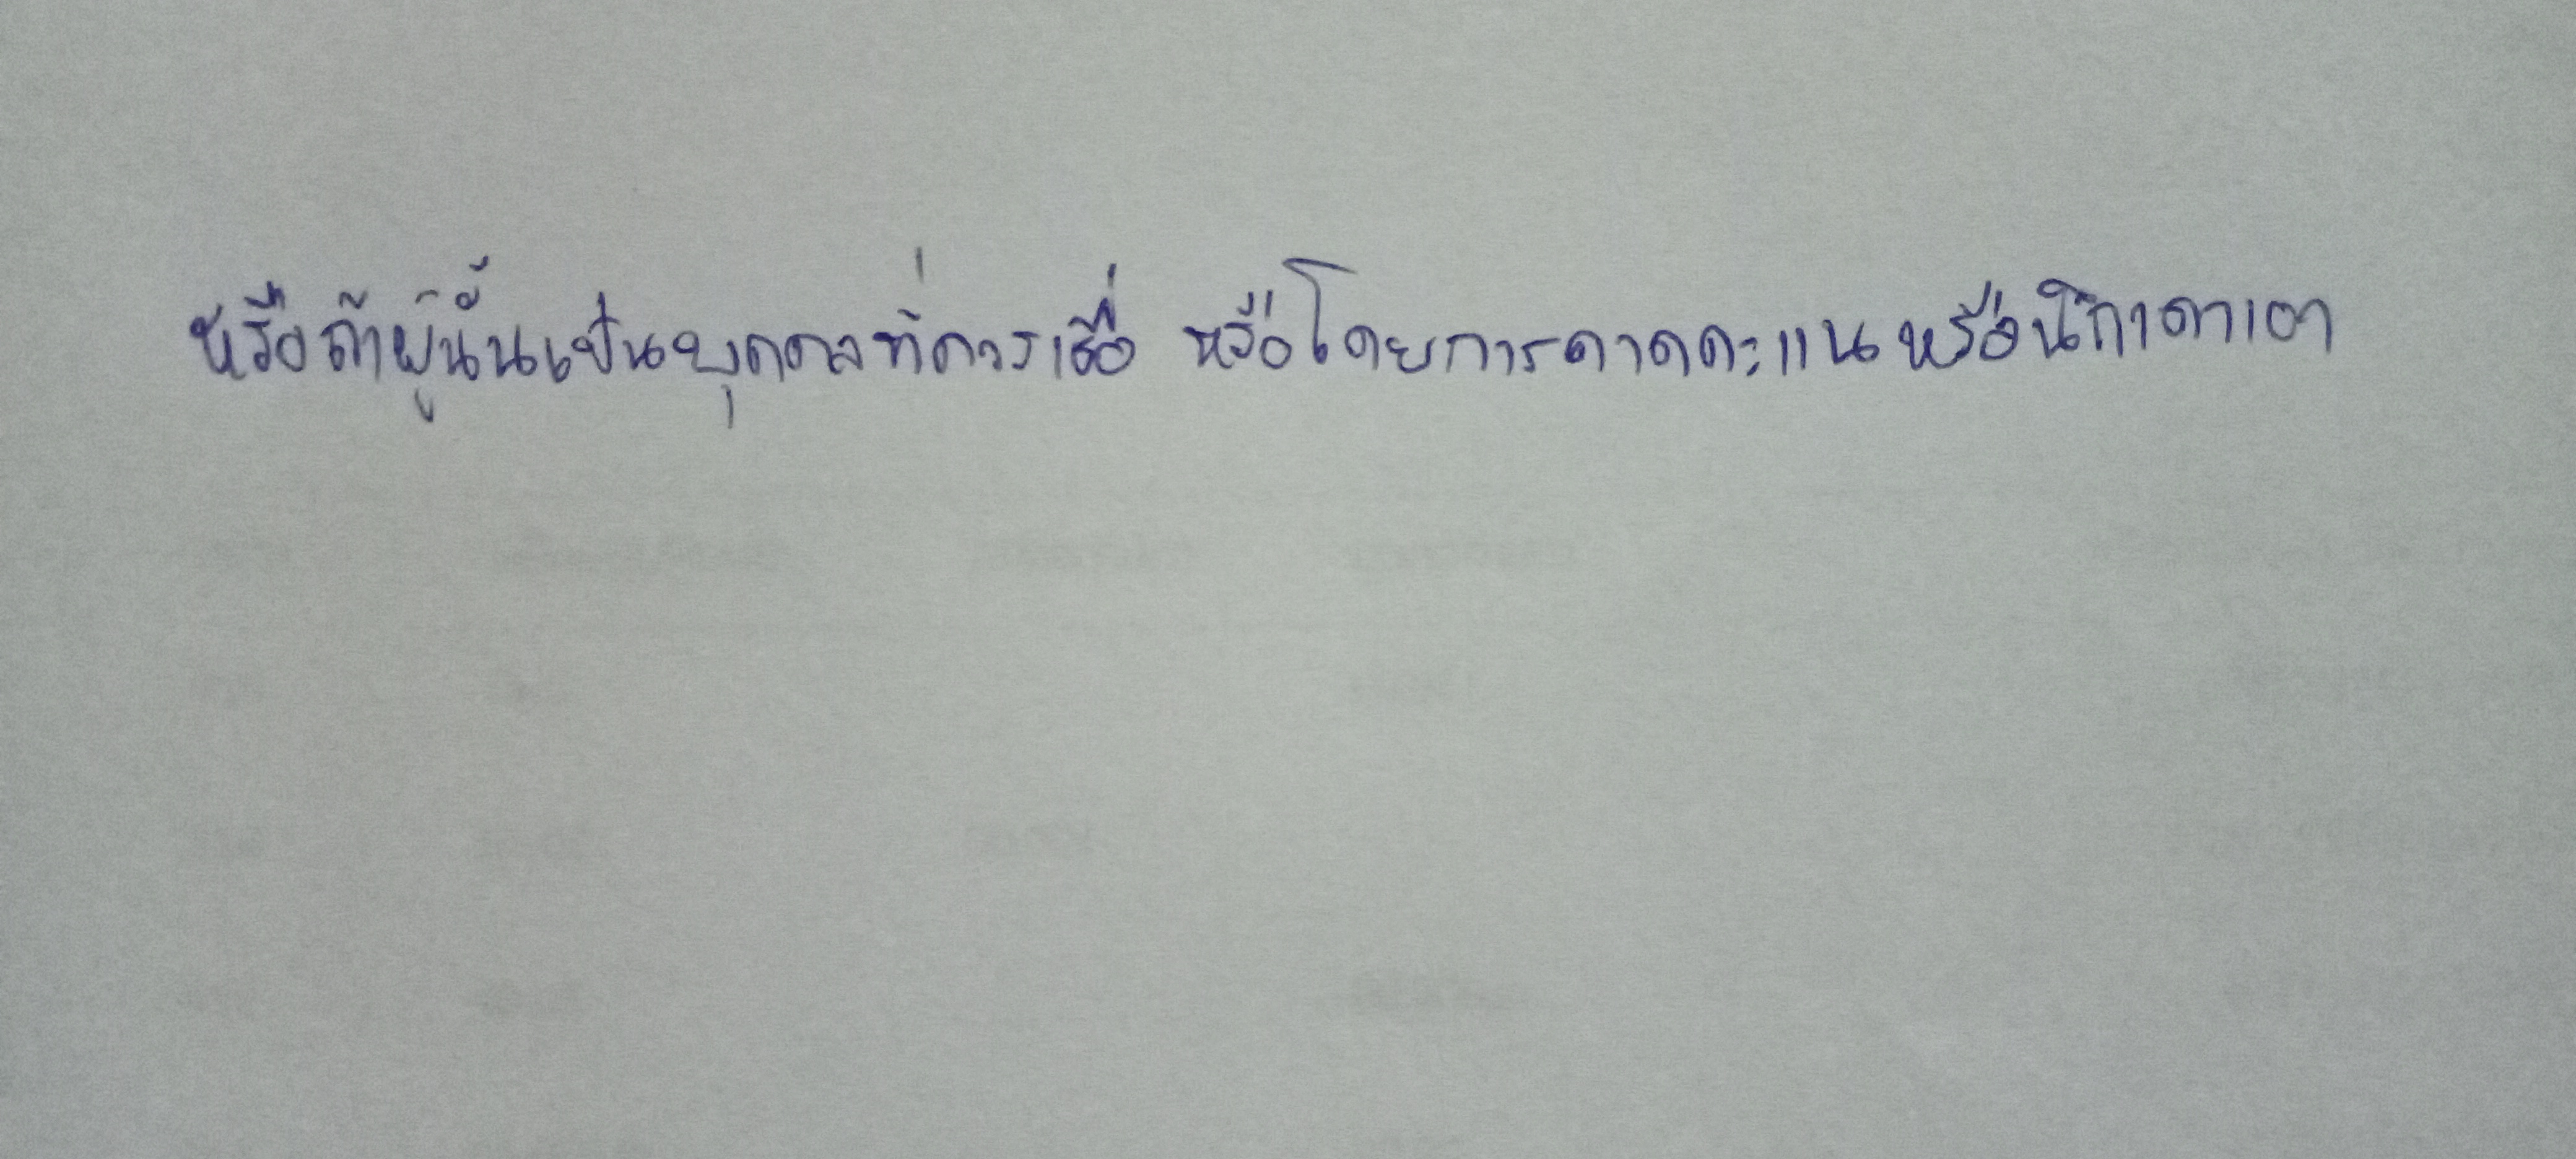
หรือเพราะผู้นั้นเป็นบุคคลที่ควรเชื่อหรือโดยการคาดคะเนหรือนึกเดาเอา